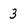
Character: 3